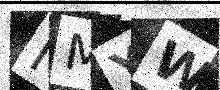
Text: MMYW